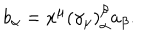
b _ { \alpha } = x ^ { \mu } \left( \gamma _ { \mu } \right) _ { \alpha } ^ { \beta } a _ { \beta } .